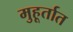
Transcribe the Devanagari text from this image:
मुहूर्तात